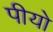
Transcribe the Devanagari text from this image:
पीयो